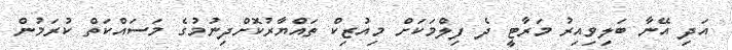
އަދި އޭނާ ބަލިވިއިރު މަރާޓީ ދެ ފިލްމަކަށް މިއުޒިކް ތައްޔާރުކޮށްދިނުމުގެ މަސައްކަތް ކުރަމުން